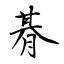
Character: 朞